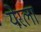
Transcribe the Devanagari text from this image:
येरला